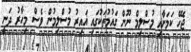
ޖެހޭ ކަމަށާއި މުސްލިމް ނޫން ގައުމުތަކުގައި ޣައިރު މުސްލިމުން ވެސް މިހާރު ދަނީ